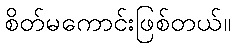
စိတ်မကောင်းဖြစ်တယ်။